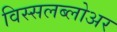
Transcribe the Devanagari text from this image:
विस्सलब्लोअर